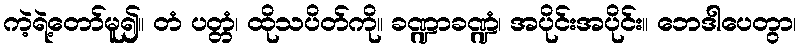
ကဲ့ရဲ့တော်မူ၍။ တံ ပတ္တံ၊ ထိုသပိတ်ကို။ ခဏ္ဍာခဏ္ဍံ၊ အပိုင်းအပိုင်း။ ဘေဒါပေတွာ၊